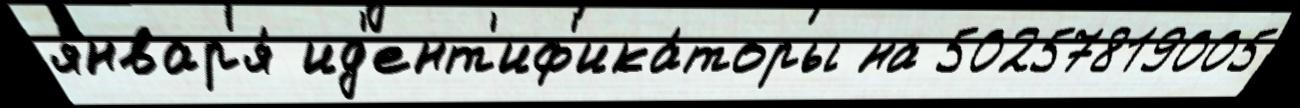
январ'я́ ид'ент'иф'ика́торы на 50257819005